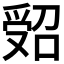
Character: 𠹾